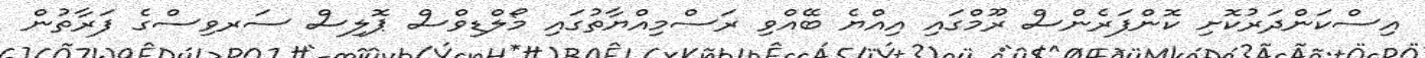
އިސްކަންދަރުކޮށި ކޮންފަރެންސް ރޫމްގައި އިއްޔެ ބޭއްވި ރަސްމިއްޔާތުގައި މޯލްޑިވްސް ޕޮލިސް ސަރވިސްގެ ފަރާތުން